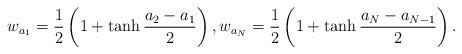
LaTeX: \begin{align*} w_{a_1} = \frac{1}{2} \left( 1 + \tanh \frac{a_2 - a_1}{2}\right), w_{a_N} = \frac{1}{2} \left( 1 + \tanh \frac{a_N - a_{N-1}}{2} \right). \end{align*}